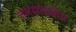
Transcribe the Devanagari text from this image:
जनसांख्यीय